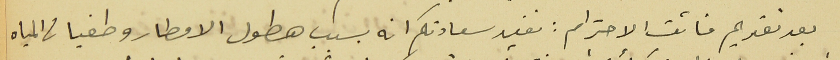
بعد تقديم فائق الاحترام : نفيد سعادتكم انه بسبب هطول الامطار وطفيان المياه